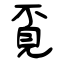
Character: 覔